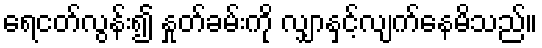
ရေငတ်လွန်း၍ နှုတ်ခမ်းကို လျှာနှင့်လျက်နေမိသည်။